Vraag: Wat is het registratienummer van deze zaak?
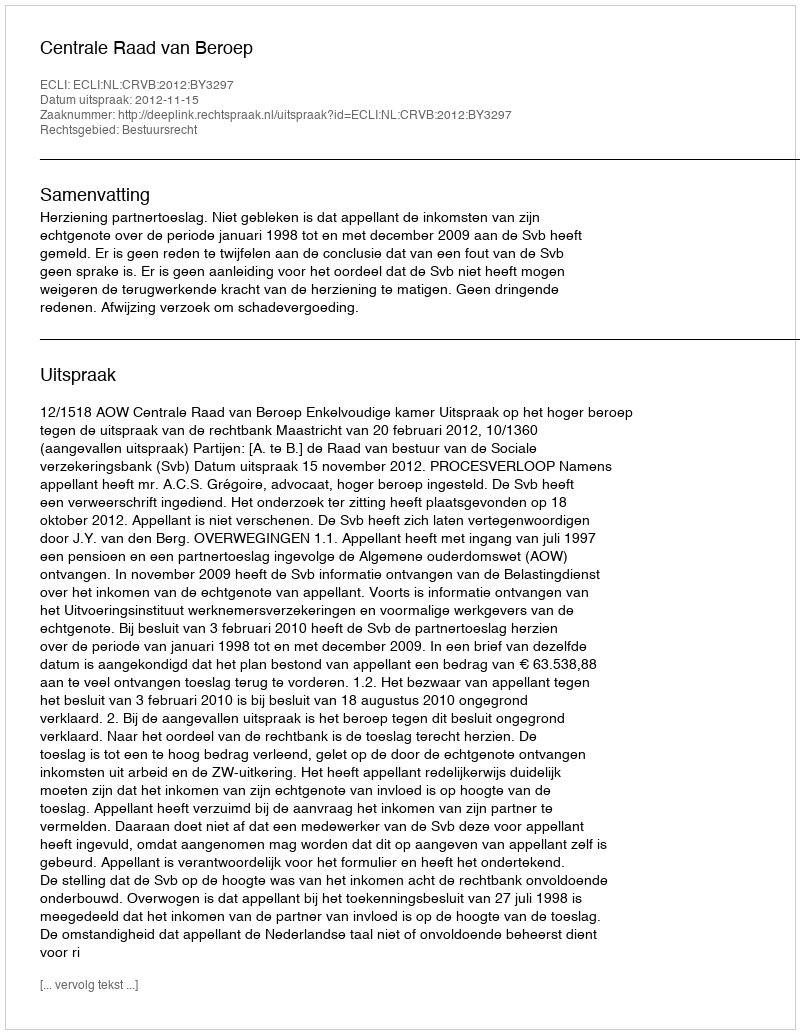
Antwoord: http://deeplink.rechtspraak.nl/uitspraak?id=ECLI:NL:CRVB:2012:BY3297